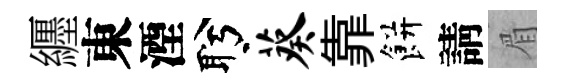
纒東湮盻葵靠餅請眉